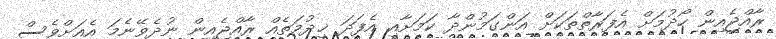
ރާއްޖެއިން ހޯދުމަށް އެފަރާތްތަކަށް އަންގަމުންދާ ކަމަށާއި އެފަދަ ޚިދުމަތެއް ރާއްޖެއިން ނުދެވޭނެމަ އެއަށްވެސް